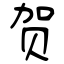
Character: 贺